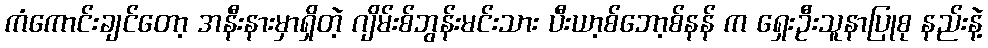
ကံကောင်းချင်တော့ အနီးနားမှာရှိတဲ့ ဂျိမ်းစ်ဘွန်းမင်းသား ပီးယာ့စ်ဘော့စ်နန် က ရှေးဦးသူနာပြုစု နည်းနဲ့